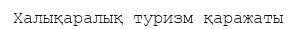
Халықаралық туризм қаражаты